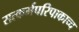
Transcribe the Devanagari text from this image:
सत्कर्मपरिपाकाच्च